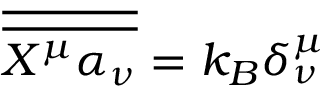
{ \overline { { \overline { { X ^ { \mu } \alpha _ { \nu } } } } } } = k _ { B } \delta _ { \nu } ^ { \mu }